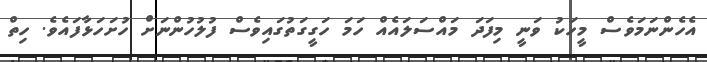
އެހެންނަމަވެސް މީހަކު ވަނީ މިފަދަ މައްސަލައެއް ހަމަ ހަގީގަތުގައިވެސް ފުލުހުންނަށް ހުށަހަޅާފައެވެ. ހިތް